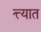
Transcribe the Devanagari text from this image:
त्त्यात